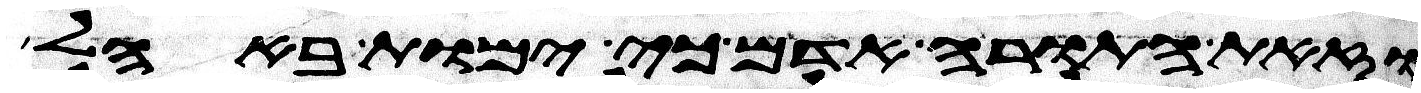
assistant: וזאת התורה אדם כי ימות באהל